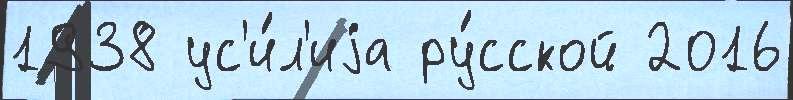
1938 ус'и́л'иjа ру́сской 2016